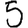
Digit: 5